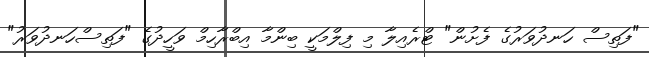
"ފަތިސް ހަނދުވަރުގެ ފެށުން" ޓްރެއިލާ މި ފިލްމަކީ ބިންމާ އިބްރާހިމް ވަހީދުގެ "ފަތިސްހަނދުވަރު"